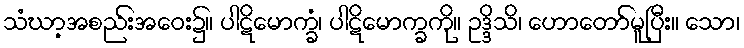
သံဃာ့အစည်းအဝေး၌။ ပါဋိမောက္ခံ၊ ပါဋိမောက္ခကို။ ဥဒ္ဒိသိ၊ ဟောတော်မူပြီး။ သော၊